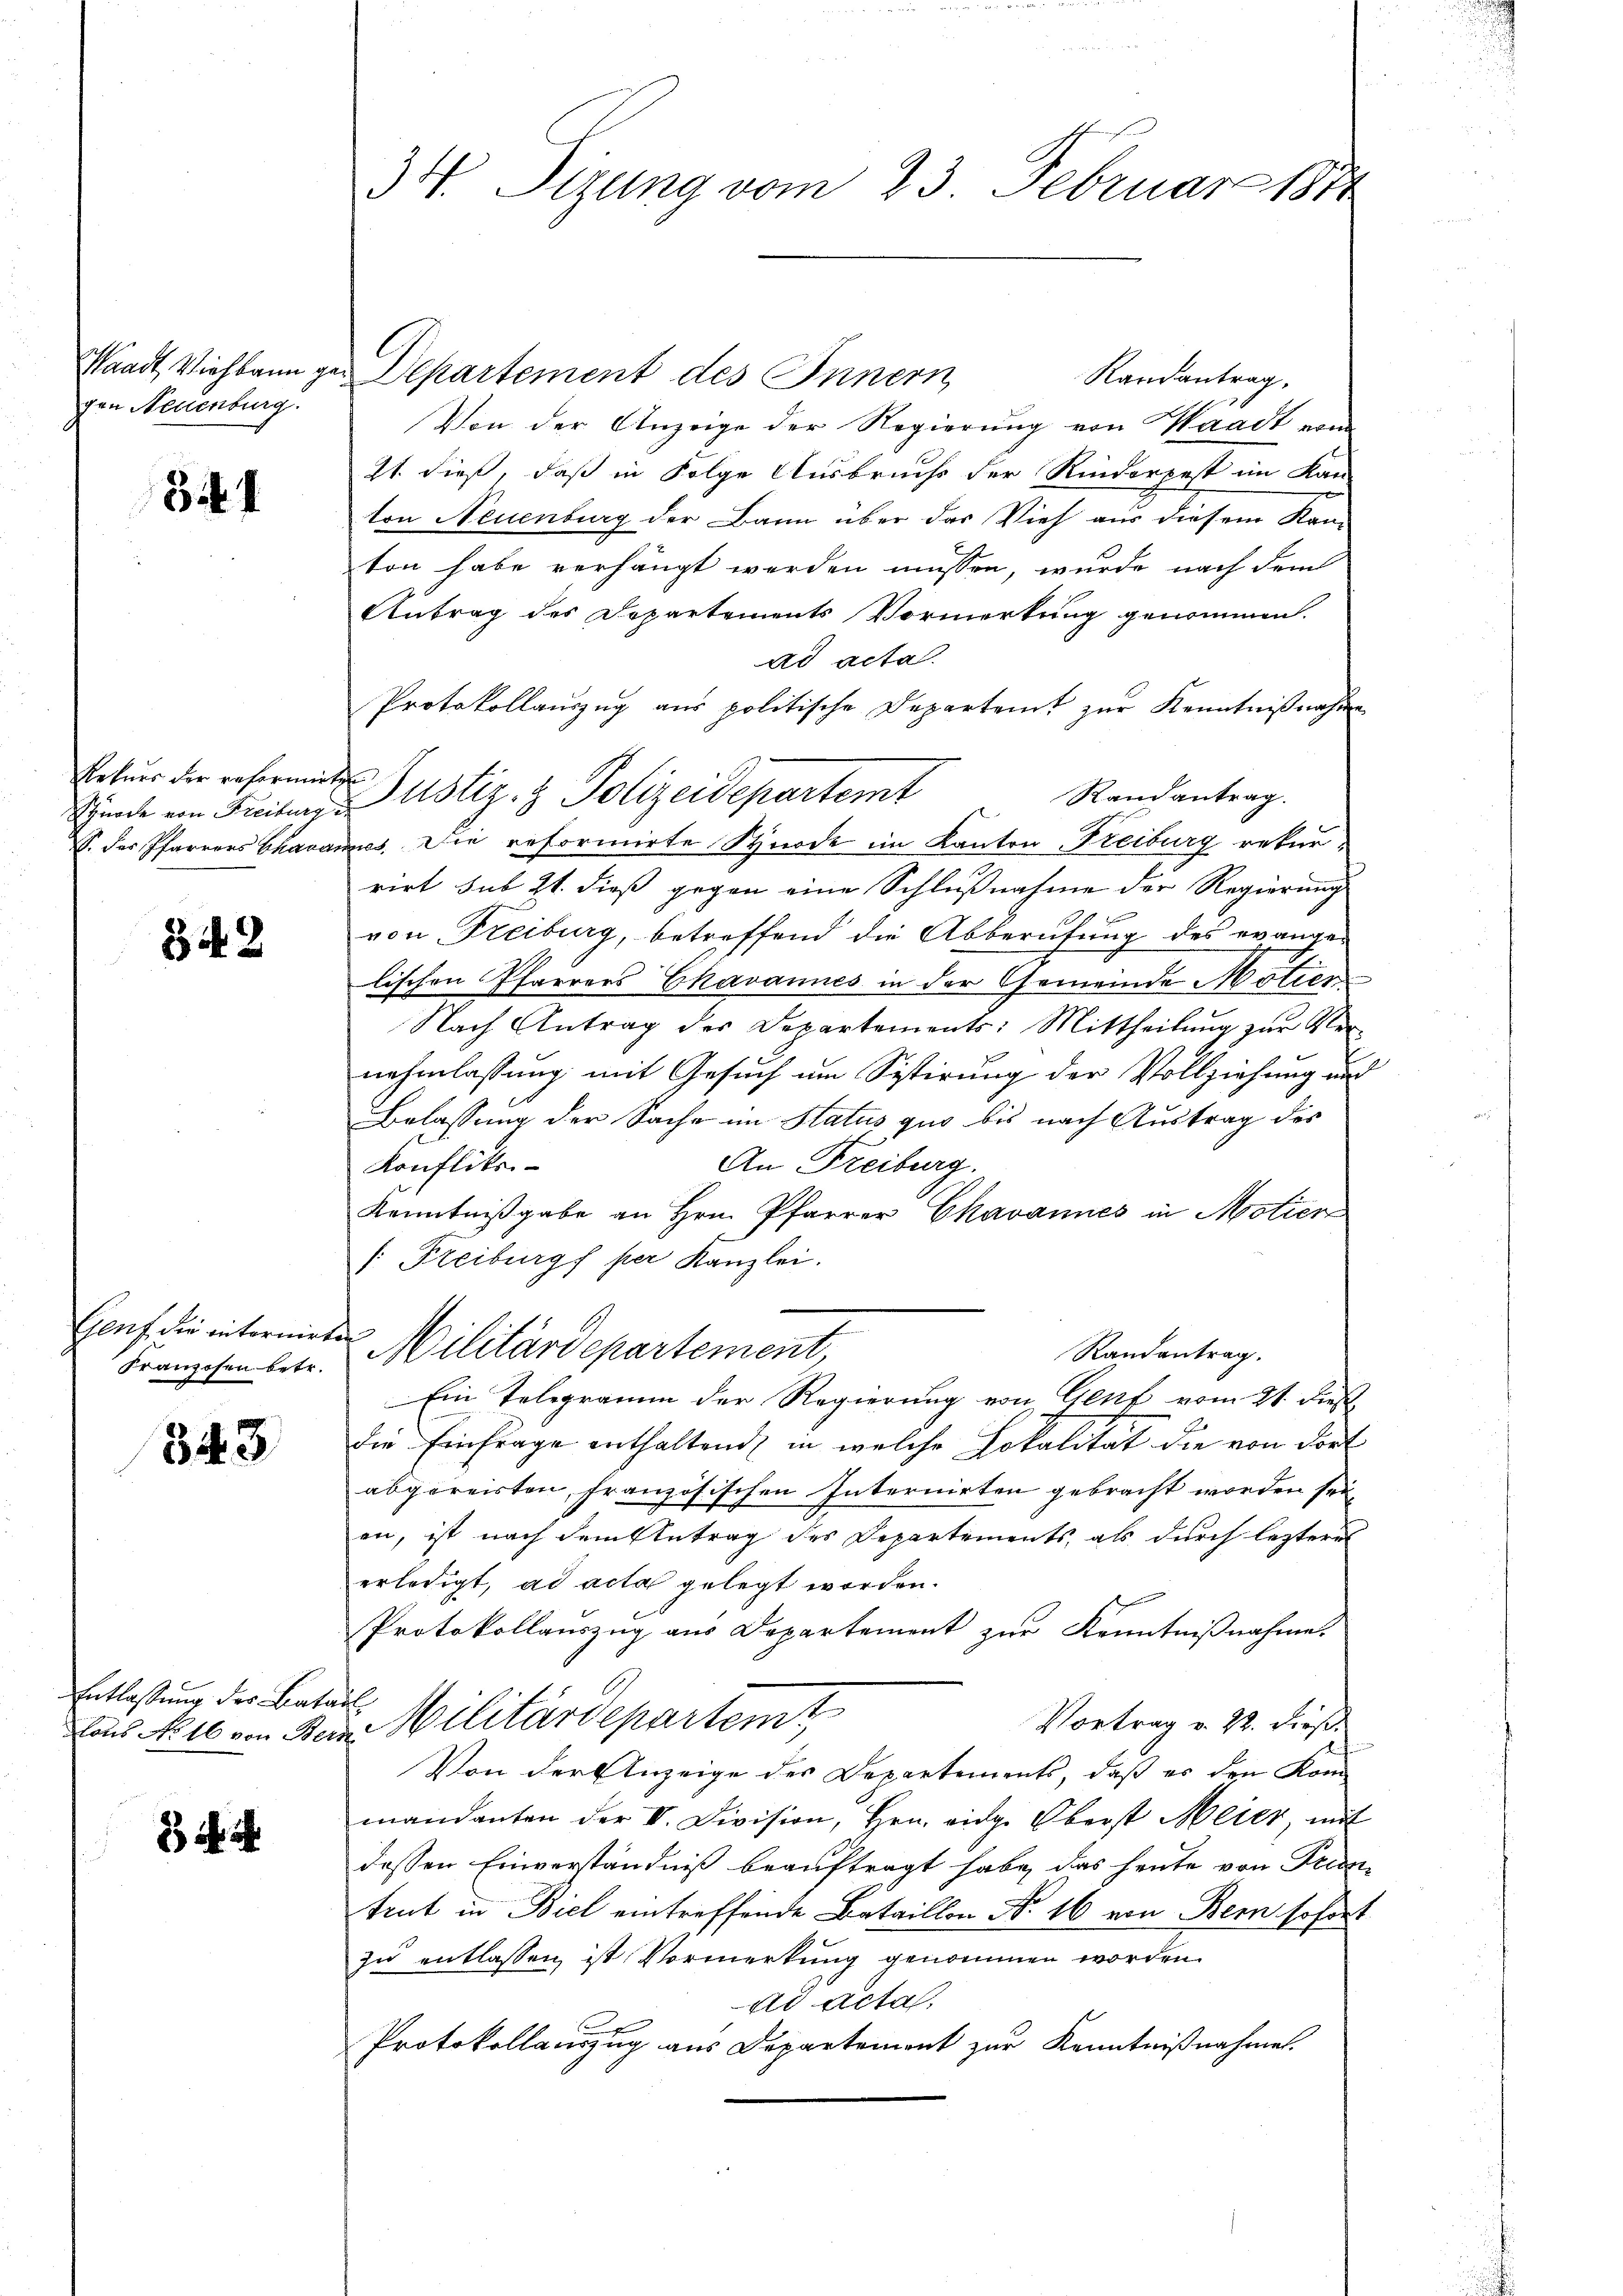
Waadt, Viehkaun g
gen Neuenburg.

3

Rehner der reformirt
Spürche von Freiburg
E. Der Pfarrers Chara

342

Genf die internirt
Franzosen betr.

343

Entlassung des Bata
laus No 16 von Ber

i.

34. Sizung vom 23. Februar 1871

Departement des Innern
Randantrag,
Von der Anzeige der Regierung von Waadt vom
21. dieß, daß in Folge Ausbruchs der Rinderpest im Kan-
ton Neuenburg der Bann über das Vieh aus diesem Kanton habe verhängt werden müssen, wurde nach dem
Antrag des Dopartements Vormerkung genommen.
ad acta.
Protokollauszug aus politische Departeit zur Kenntnißnahme
Justiz- & Polizeidepartemt Randantrag.
mus. Die reformirte Synode im Kanton Freiburg rekurrirt sub 21. dieß gegen eine Schlußnahme der Regierung
von Freiburg, betreffend die Abberufung des evange
lischen Pfarrers Ekavannes in der Gemeinde Motier
Nach Antrag der Departements: Mittheilŭng zŭr Ver-
nehmlassung mit Gesuch um Sistirung der Vollziehung und
Belassung der Sache im Status quo bis nach Austrag des
An Freiburg.
Konflikti-
Kenntnißgabe an Hrn. Pfarrer Chavannes in Motier
[: Freiburgf per Kanzlei.
f
Militärdepartement,
Randantrag.
Ein Telegramm der Regierung von Genf vom 21. Dies
die Einfrage enthaltend, in welche Lokalität die von dort
abgereisten, französischen Internirten gebracht worden sei,
en, ist nach dem Antrag des Departements, als durch lezteres
erledigt, ad acta gelegt worden.
Protokollauszug aus Departement zur Kenntnißnahme.
f
Militärdepartemt
Vortrag v. 22. dieß.
Von der Anzeige des Departements, daß es den Kommandanten der V. Division, Hrn. eidg. Oberst Meter, mit
dessen Einverständniß beauftragt habe, das heute von Frantrut in Biel eintreffende Bataillon No. 16 von Bern sofort
zu entlassen ist Vormerkung genommen worden.
ad acta,
Protokollauszug aus Departement zur Kenntnißnahmen.